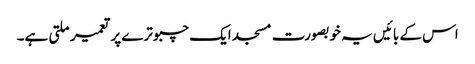
اس کے بائیں یہ خوبصورت مسجد ایک چبوترے پر تعمیر ملتی ہے۔